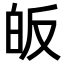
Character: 皈